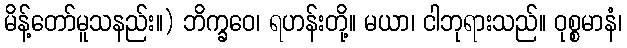
မိန့်တော်မူသနည်း။) ဘိက္ခဝေ၊ ရဟန်းတို့။ မယာ၊ ငါဘုရားသည်။ ဝုစ္စမာနံ၊